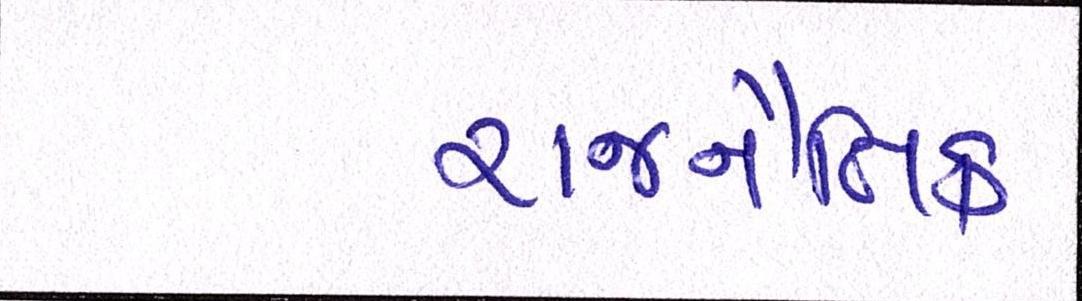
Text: રાજનૈતિક